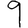
Digit: 9